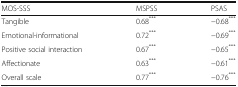
| MOS-SSS | MSPSS | PSAS |
 | --- | --- | --- |
 | Tangible | 0.68*** | −0.68*** |
 | Emotional-informational | 0.72*** | −0.69*** |
 | Positive social interaction | 0.67*** | −0.65*** |
 | Affectionate | 0.63*** | −0.61*** |
 | Overall scale | 0.77*** | −0.76*** |